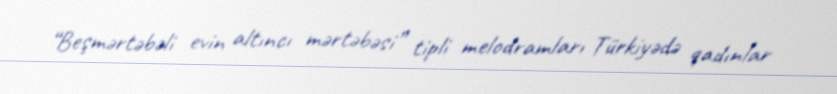
“Beşmərtəbəli evin altıncı mərtəbəsi” tipli melodramları Türkiyədə qadınlar